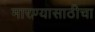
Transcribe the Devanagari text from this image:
मारण्यासाठीचा